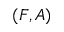
( F , A )